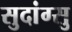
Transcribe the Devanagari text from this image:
सुदांग्सु